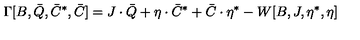
\Gamma [ B , \bar { Q } , \bar { C } ^ { \ast } , \bar { C } ] = J \cdot \bar { Q } + \eta \cdot \bar { C } ^ { \ast } + \bar { C } \cdot \eta ^ { \ast } - W [ B , J , \eta ^ { \ast } , \eta ]